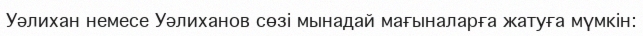
Уәлихан немесе Уәлиханов сөзі мынадай мағыналарға жатуға мүмкін: